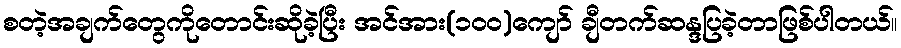
စတဲ့အချက်တွေကိုတောင်းဆိုခဲ့ပြီး အင်အား(၁၀ဝ)ကျော် ချီတက်ဆန္ဒပြခဲ့တာဖြစ်ပါတယ်။